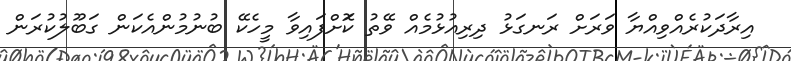
އިރާދަކުރެއްވިއްޔާ ވަަރަށް ރަނގަޅު ދިރިއުޅުމެއް ވޭތު ކޮަށްފައިވާ މީހެކޭ ބުނުމުންއެކަން ގަބޫލުކުރަން